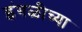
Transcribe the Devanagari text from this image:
इंगळीच्या